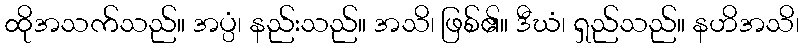
ထိုအသက်သည်။ အပ္ပံ၊ နည်းသည်။ အသိ၊ ဖြစ်၏။ ဒီဃံ၊ ရှည်သည်။ နဟိအသိ၊